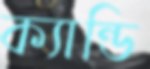
ক্যান্ডি